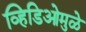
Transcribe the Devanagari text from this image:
व्हिडिओमुळे